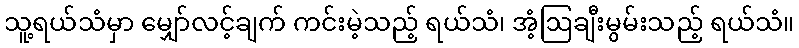
သူ့ရယ်သံမှာ မျှော်လင့်ချက် ကင်းမဲ့သည့် ရယ်သံ၊ အံ့ဩချီးမွမ်းသည့် ရယ်သံ။